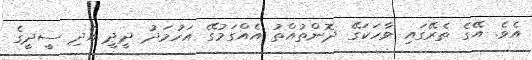
އެވެ. އޭގެ ތެރޭގައި ވާހަކަގޭ ދޮންތުއްތު އެއްގަމުގޭ އަހުމަދު ދީދީ އަދި ސީދީގެ